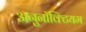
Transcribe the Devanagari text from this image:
अनुनॉक्टियम